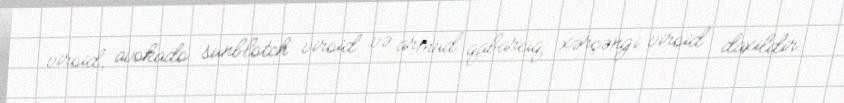
viroid, avokado sunblotch viroid və armud qabarcıq xərçəngi viroid daxildir.